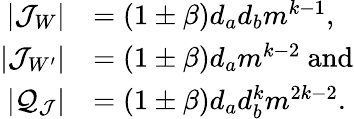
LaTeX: \begin{array}{rl}{|\mathcal{J}_{W}|}&{=(1\pm\beta)d_{a}d_{b}m^{k-1},}\\ {|\mathcal{J}_{W^{\prime}}|}&{=(1\pm\beta)d_{a}m^{k-2}\mathrm{~and}}\\ {|\mathcal{Q}_{\mathcal{J}}|}&{=(1\pm\beta)d_{a}d_{b}^{k}m^{2k-2}.}\end{array}